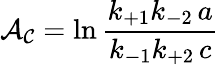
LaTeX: \displaystyle{\cal A_{C}}=\ln\frac{k_{+1}k_{-2}\, a}{k_{-1}k_{+2}\, c}